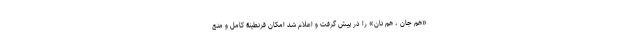
«هم جان ، هم نان» را در پیش گرفت و اعلام شد امکان قرنطینۀ کامل و منع